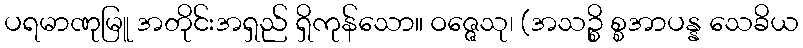
ပရမာဏုမြူ အတိုင်းအရှည် ရှိကုန်သော။ ဝဇ္ဇေသု၊ (အသဉ္စိ စ္စအာပန္န သေခိယ